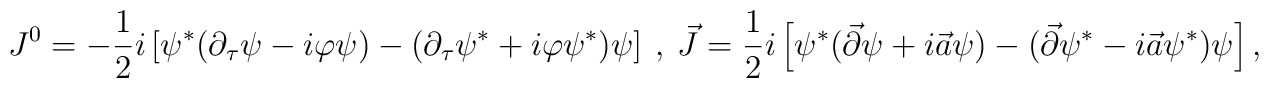
J^0=-\frac{1}{2}i\left[\psi^*(\partial_\tau\psi-i\varphi\psi)-(\partial_\tau\psi^*+i\varphi\psi^*)\psi\right]\ ,\ \vec{J}=\frac{1}{2}i\left[\psi^*(\vec{\partial}\psi+i\vec{a}\psi)-(\vec{\partial}\psi^*-i\vec{a}\psi^*)\psi\right],